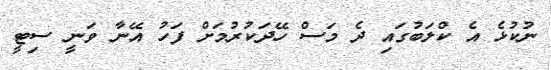
ނުކުޅެ އެ ކްލަބުގައި ދެ މަސް ހޭދަކުރުމަށް ފަހު އޭނާ ވަނީ ސިޓީ